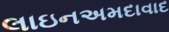
લાઇનઅમદાવાદ